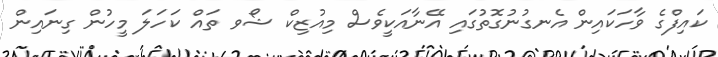
ކައިފްގެ ވާހަކައިން އެނގުނުގޮތުގައި އޭނާއަކީވެސް މިއުޒިކް ޝޯވ ތައް ކަހަލަ މީހުން ގިނައިން